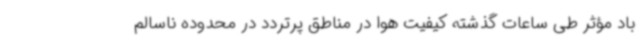
باد مؤثر طی ساعات گذشته کیفیت هوا در مناطق پرتردد در محدوده ناسالم